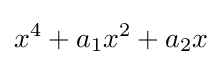
x^{4}+a_{1}x^{2}+a_{2}x